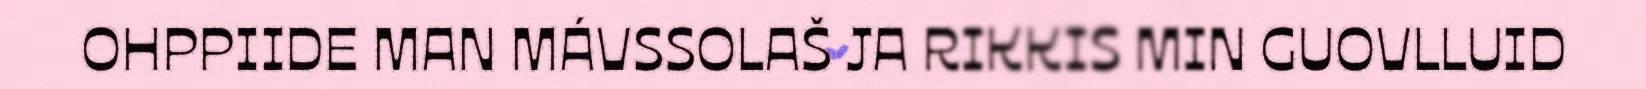
OHPPIIDE MAN MÁVSSOLAŠ JA RIKKIS MIN GUOVLLUID